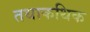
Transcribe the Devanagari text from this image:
तथाकथिक